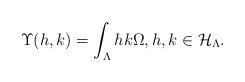
LaTeX: \begin{align*}\Upsilon(h,k)=\int_\Lambda hk\real\Omega,h,k\in\mathcal{H}_\Lambda.\end{align*}